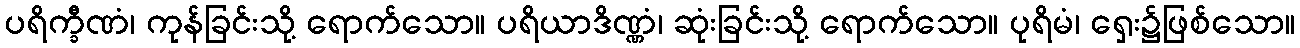
ပရိက္ခီဏံ၊ ကုန်ခြင်းသို့ ရောက်သော။ ပရိယာဒိဏ္ဏံ၊ ဆုံးခြင်းသို့ ရောက်သော။ ပုရိမံ၊ ရှေး၌ဖြစ်သော။